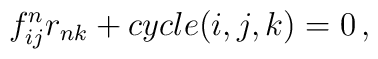
f^n_{ij}r_{nk}+cycle(i,j,k)=0\,,